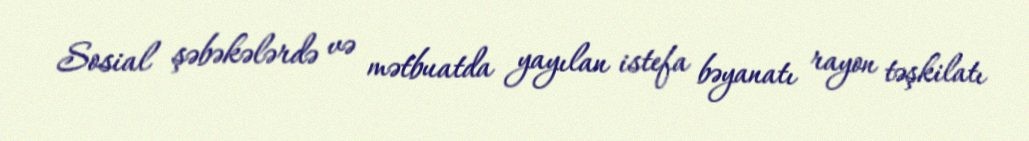
Sosial şəbəkələrdə və mətbuatda yayılan istefa bəyanatı rayon təşkilatı